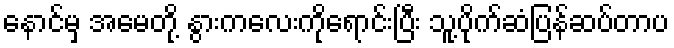
နောင်မှ အမေတို့ နွားကလေးကိုရောင်းပြီး သူ့ပိုက်ဆံပြန်ဆပ်တာပ